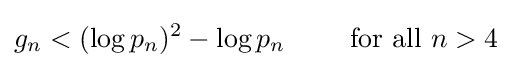
g_{n}<(\log p_{n})^{2}-\log p_{n}\qquad {\text{ for all }}n>4